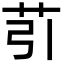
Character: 䒡